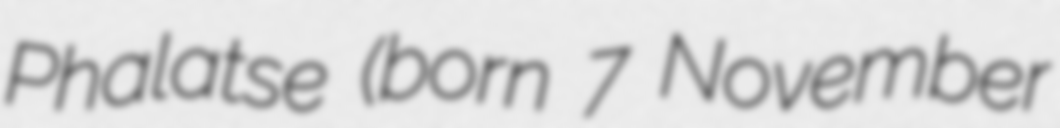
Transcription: Phalatse (born 7 November